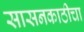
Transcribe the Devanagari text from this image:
सासनकाठीचा